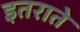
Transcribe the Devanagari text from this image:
इतराते